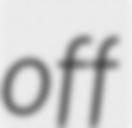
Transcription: off